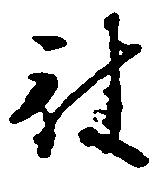
被